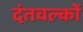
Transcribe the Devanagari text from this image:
दंतवल्कों